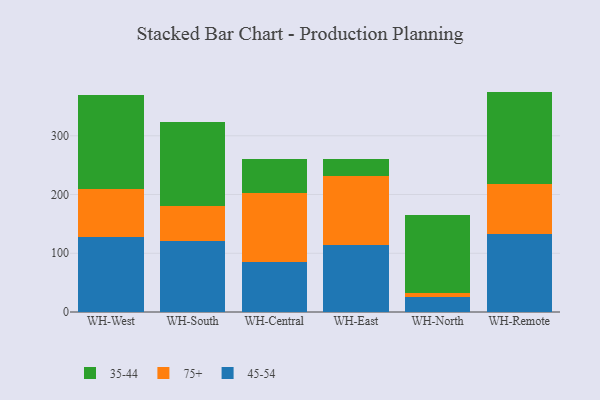
{"axis": {"x": "Warehouse", "y": "Page Views"}, "legend": ["35-44", "45-54", "75+"], "data": [{"x": "WH-West", "y": 128.4, "type": "45-54"}, {"x": "WH-West", "y": 80.7, "type": "75+"}, {"x": "WH-West", "y": 159.6, "type": "35-44"}, {"x": "WH-South", "y": 120.4, "type": "45-54"}, {"x": "WH-South", "y": 60.5, "type": "75+"}, {"x": "WH-South", "y": 142.1, "type": "35-44"}, {"x": "WH-Central", "y": 84.6, "type": "45-54"}, {"x": "WH-Central", "y": 118.0, "type": "75+"}, {"x": "WH-Central", "y": 58.7, "type": "35-44"}, {"x": "WH-East", "y": 114.7, "type": "45-54"}, {"x": "WH-East", "y": 116.6, "type": "75+"}, {"x": "WH-East", "y": 30.0, "type": "35-44"}, {"x": "WH-North", "y": 24.8, "type": "45-54"}, {"x": "WH-North", "y": 7.2, "type": "75+"}, {"x": "WH-North", "y": 133.5, "type": "35-44"}, {"x": "WH-Remote", "y": 132.5, "type": "45-54"}, {"x": "WH-Remote", "y": 85.2, "type": "75+"}, {"x": "WH-Remote", "y": 157.5, "type": "35-44"}]}